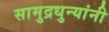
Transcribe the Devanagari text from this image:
सामुद्रधुन्यांनी